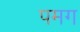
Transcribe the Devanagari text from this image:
पमग